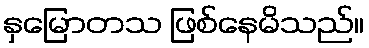
နှမြောတသ ဖြစ်နေမိသည်။